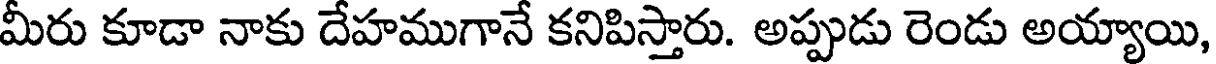
మీరు కూడా నాకు దేహముగానే కనిపిస్తారు. అప్పుడు రెండు అయ్యాయి,